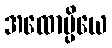
အထောပ္ပိယေ